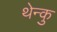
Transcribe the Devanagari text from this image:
थेन्कु